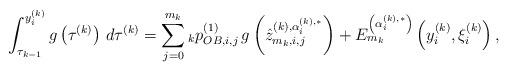
LaTeX: \begin{align*}\int_{{\tau _{k - 1}}}^{{y_i^{(k)}}} {g\left( {{\tau ^{(k)}}} \right)\,d{\tau ^{(k)}}} = \sum\limits_{j = 0}^{{m_k}} {_k{p}_{OB,i,j}^{(1)}\,g\left( {\hat z_{{m_k},i,j}^{(k),\alpha _i^{(k),*}}} \right)} + E_{{m_k}}^{\left( {\alpha _i^{(k),*}} \right)}\left( {y_i^{(k)},\xi _i^{(k)}} \right) ,\end{align*}